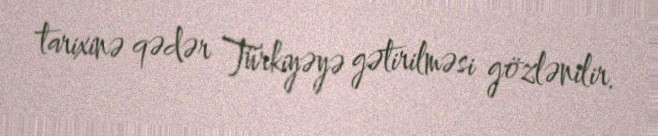
tarixinə qədər Türkiyəyə gətirilməsi gözlənilir.